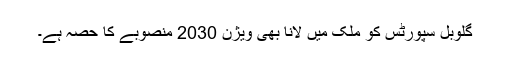
گلوبل سپورٹس کو ملک میں لانا بھی ویژن 2030 منصوبے کا حصہ ہے۔